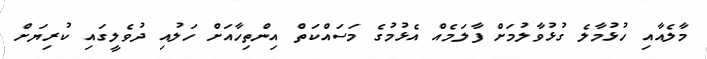
މާލެއާއި ހުޅުމާލެ ގުޅުވާލުމަށް ފާލަމެއް އެޅުމުގެ މަސައްކަތް އިންތިހާއަށް ހަލުއި ދުވެލީގައި ކުރިޔަށް